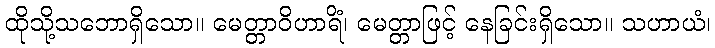
ထိုသို့သဘောရှိသော။ မေတ္တာဝိဟာရိံ၊ မေတ္တာဖြင့် နေခြင်းရှိသော။ သဟာယံ၊